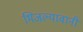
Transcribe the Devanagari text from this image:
भिजल्यावानी